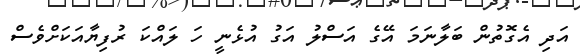
އަދި އެގޮތުން ބަލާނަމަ އޭގެ އަސްލު އަގު އުޅެނީ ހަ ލައްކަ ރުފިޔާއަކަށްވެސް